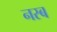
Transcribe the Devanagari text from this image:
नस्ब